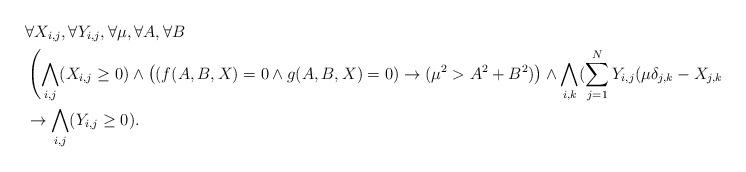
LaTeX: \begin{align*}&\forall X_{i,j}, \forall Y_{i,j},\forall \mu, \forall A, \forall B\\&\left(\bigwedge_{i,j}(X_{i,j}\geq 0)\wedge\left((f(A,B,X)=0\wedge g(A,B,X)=0)\to (\mu^2 >A^2+B^2)\right)\wedge\bigwedge_{i,k}(\sum_{j=1}^{N}Y_{i,j}(\mu\delta_{j,k}-X_{j,k})=\delta_{i,k})\right)\\&\to \bigwedge_{i,j}(Y_{i,j}\geq 0).\end{align*}